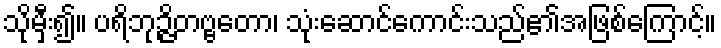
သိုမှီး၍။ ပရိဘုဉ္ဇိတဗ္ဗတော၊ သုံးဆောင်ကောင်းသည်၏အဖြစ်ကြောင့်။